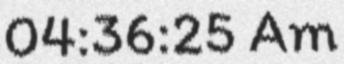
04:36:25 Am